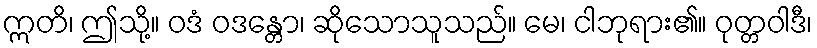
ဣတိ၊ ဤသို့။ ဝဒံ ဝဒန္တော၊ ဆိုသောသူသည်။ မေ၊ ငါဘုရား၏။ ဝုတ္တဝါဒီ၊